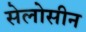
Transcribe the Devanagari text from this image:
सेलोसीन